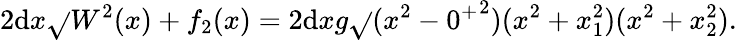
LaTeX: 2\mathrm{d}x\sqrt{}{{W^{2}(x)+f_{2}(x)}}=2\mathrm{d}xg\sqrt{}{{(x^{2}-{0^{+}}^{2})(x^{2}+x_{1}^{2})(x^{2}+x_{2}^{2})}}.